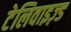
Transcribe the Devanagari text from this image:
टेलिवाइज़्ड